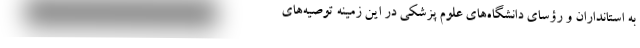
به استانداران و رؤسای دانشگاه‌های علوم پزشکی در این زمینه توصیه‌های